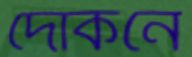
দোকনে